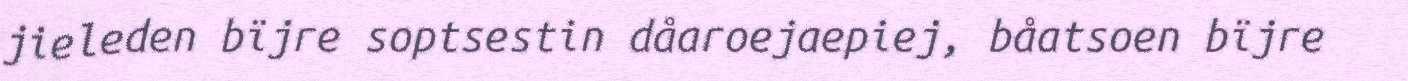
jieleden bïjre soptsestin dåaroejaepiej, båatsoen bïjre